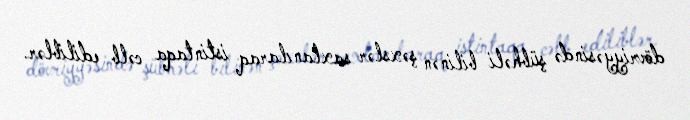
dövriyyəsində şübhəli bilinən şəxslər saxlanılaraq istintaqa cəlb ediliblər.